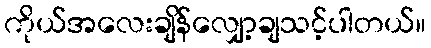
ကိုယ်အလေးချိန်လျှော့ချသင့်ပါတယ်။